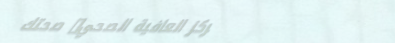
مركز العافية الصحي: صحتك